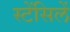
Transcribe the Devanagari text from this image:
स्टेंसिलें